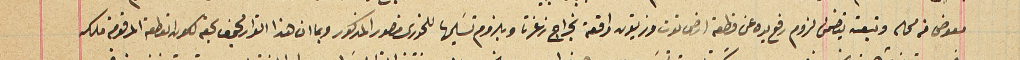
معوض من محله وتبعته يتضمن لزوم رفع يده عن قطعة ارض توت وزيتون واقعة بخراج زغرتا وبلزوم تسَليمها للخورى منصور المذكور وبما ان هذا القرار مجحف بحقه لكون القطعة المرقومة